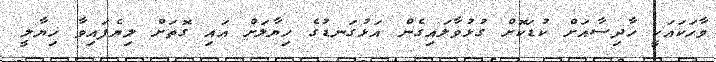
ވާހަކައަކީ ހާދިސާއަށް ކުޑަކޮށް ގުޅުވާލައިގެން އަޅުގަނޑުގެ ހިޔާލަށް އައި ގޮތަށް ލިޔެފައިވާ ޚިޔާލީ